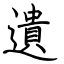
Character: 遺